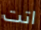
اتت